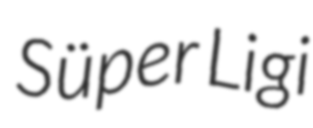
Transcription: Süper Ligi